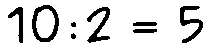
10:2 = 5